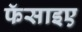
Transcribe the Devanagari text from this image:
फॅसाइए